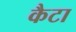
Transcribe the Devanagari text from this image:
कैटा